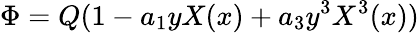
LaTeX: \Phi=Q(1-a_{1}yX(x)+a_{3}y^{3}X^{3}(x))